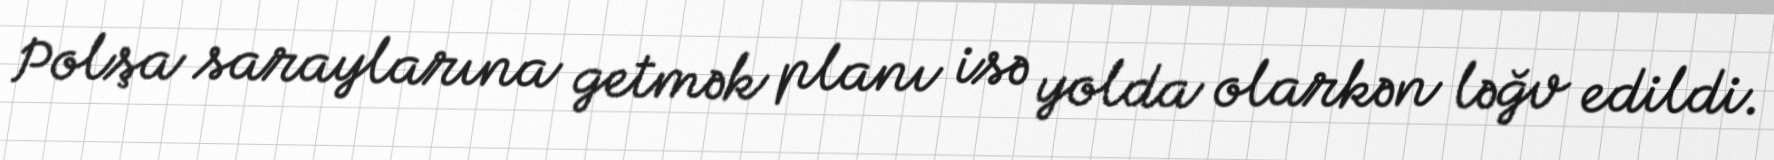
Polşa saraylarına getmək planı isə yolda olarkən ləğv edildi.